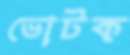
ভোটক